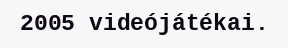
2005 videójátékai.